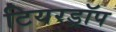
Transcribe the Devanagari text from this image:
टियरड्रॉप